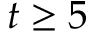
t \ge 5